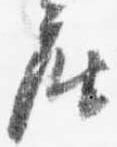
座